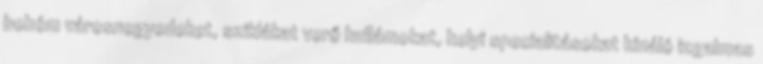
bohém városnegyedeket, sziklákat verő hullámokat, helyi specialitásokat kínáló izgalmas